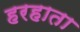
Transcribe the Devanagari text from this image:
हरहाता